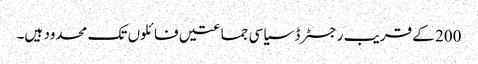
200 کے قریب رجسٹرڈ سیاسی جماعتیں فائلوں تک محدود ہیں۔